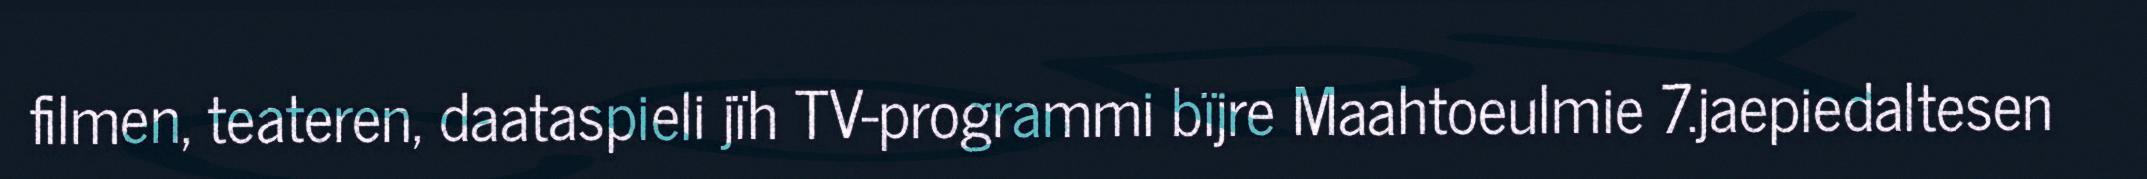
filmen, teateren, daataspieli jïh TV-programmi bïjre Maahtoeulmie 7.jaepiedaltesen